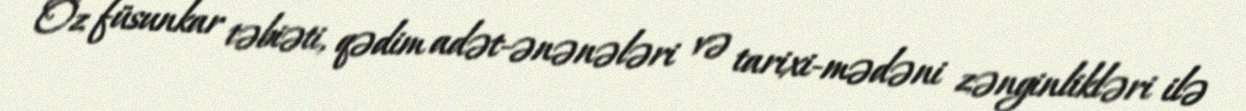
Öz füsunkar təbiəti, qədim adət-ənənələri və tarixi-mədəni zənginlikləri ilə